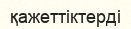
қажеттіктерді